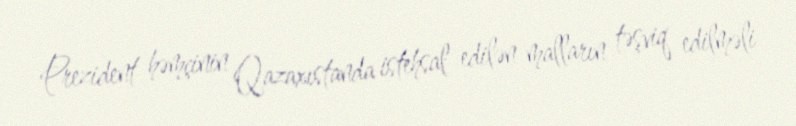
Prezident həmçinin Qazaxıstanda istehsal edilən malların təşviq edilməli